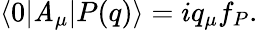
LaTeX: \langle0|\mathit{A}_{\mu}|P(q)\rangle=iq_{\mu}f_{P}.